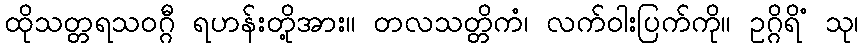
ထိုသတ္တရသဝဂ္ဂီ ရဟန်းတို့အား။ တလသတ္တိကံ၊ လက်ဝါးပြက်ကို။ ဥဂ္ဂိရိံ သု၊